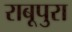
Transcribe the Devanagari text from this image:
राबूपुरा